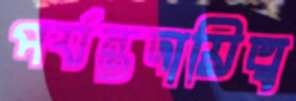
পর্যন্তদায়িত্ব